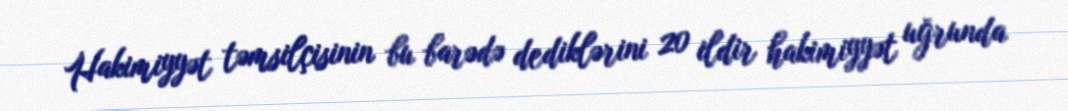
Hakimiyyət təmsilçisinin bu barədə dediklərini 20 ildir hakimiyyət uğrunda